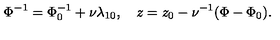
\Phi ^ { - 1 } = \Phi _ { 0 } ^ { - 1 } + \nu \lambda _ { 1 0 } , \quad z = z _ { 0 } - \nu ^ { - 1 } ( \Phi - \Phi _ { 0 } ) .